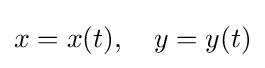
x=x(t),\quad y=y(t)